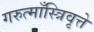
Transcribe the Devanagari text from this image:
गरुत्माँस्त्रिवृत्ते